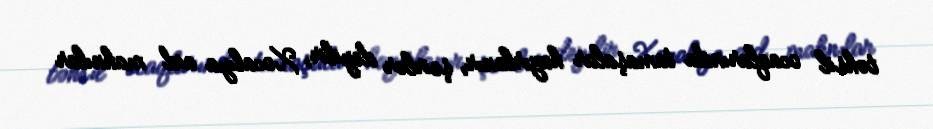
təhsil ocaqlarında tamaşalar hazırlanır, şeirlər deyilir, Xocalıya aid mahnılar